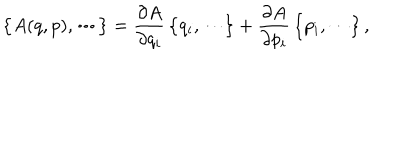
LaTeX: \bigl \{ A ( q , p ) , \cdots \bigr \} = \frac { \partial A } { \partial q _ { i } } \, \bigl \{ q _ { i } , \cdots \bigr \} + \frac { \partial A } { \partial p _ { i } } \, \bigl \{ p _ { i } , \cdots \bigr \} \, ,